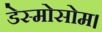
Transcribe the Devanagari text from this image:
डेस्मोसोम।